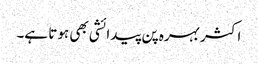
اکثر بہرہ پن پیدائشی بھی ہوتا ہے۔